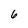
Character: 6